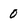
Character: 0